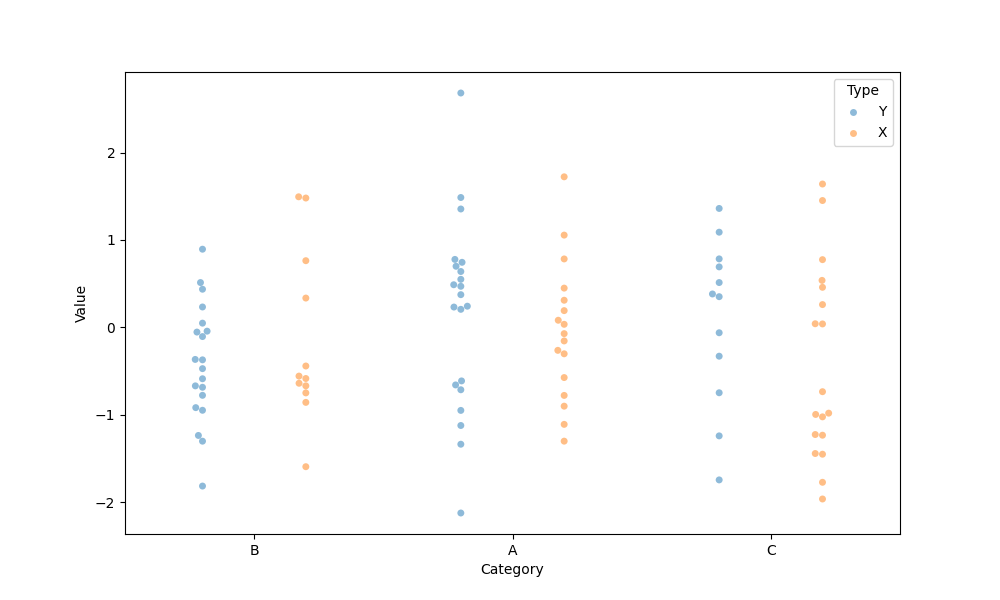
python, seaborn, swarmplot, dodge=True, alpha=0.5, size=5